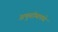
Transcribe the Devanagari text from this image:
अणुबॉम्बमध्ये